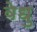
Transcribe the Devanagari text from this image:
वेधु